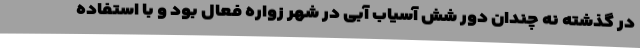
در گذشته نه چندان دور شش آسیاب آبی در شهر زواره فعال بود و با استفاده